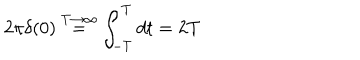
2 \pi \delta ( 0 ) \stackrel { T \rightarrow \infty } { = } \int _ { - T } ^ { T } d t = 2 T